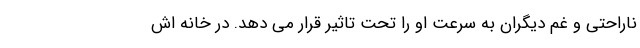
ناراحتی و غم دیگران به سرعت او را تحت تاثیر قرار می دهد. در خانه اش